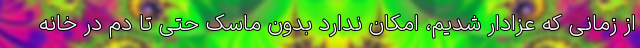
از زمانی که عزادار شدیم، امکان ندارد بدون ماسک حتی تا دم در خانه